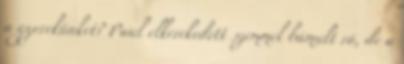
a gyerekünket? Paul elkerekedett szemmel bámult rá, de a